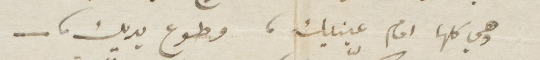
وهي كلها امام عينيك، وطوع يديك__